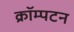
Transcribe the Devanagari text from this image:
क्रॉम्पटन